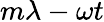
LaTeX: m\lambda-\omega t